Indian journal of veterinary science and animal husbandry - Volume 9,
Year: 1939
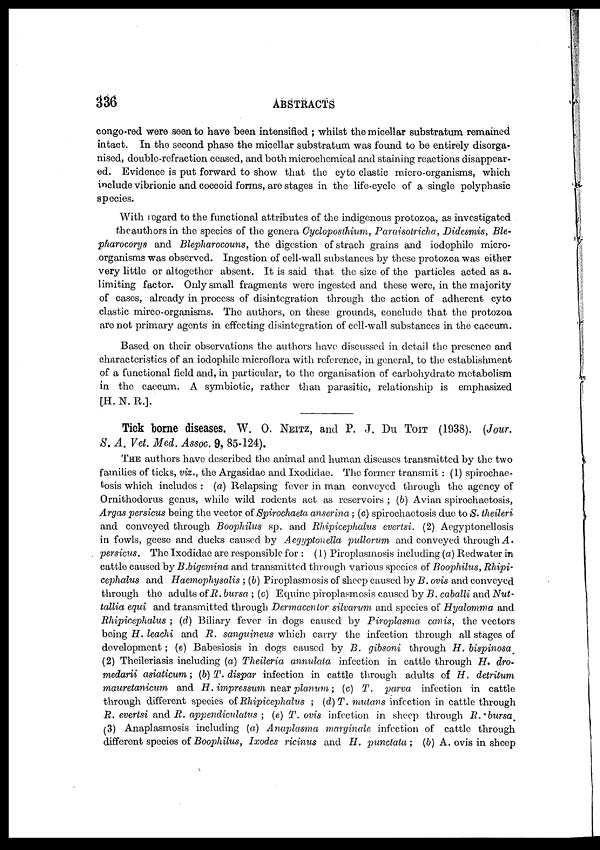
336
ABSTRACTS
congo-red were seen to have been intensified ; whilst the micellar substratum remained
intact. In the second phase the micellar substratum was found to be entirely disorga-
nised, double-refraction ceased, and both microchemical and staining reactions disappear-
ed. Evidence is put forward to show that the cyto clastic micro-organisms, which
include vibrionic and coccoid forms, are stages in the life-cycle of a single polyphasic
species.
With regard to the functional attributes of the indigenous protozoa, as investigated
the authors in the species of the genera Cycloposthium, Paraisoiricha, Didesmis, Ble¬
pharocorys and Blepharocouns, the digestion of strach grains and iodophile micro-
organisms was observed. Ingestion of cell-wall substances by these protozoa was either
very little or altogether absent. It is said that the size of the particles acted as a.
limiting factor. Only small fragments were ingested and these were, in the majority
of cases, already in process of disintegration through the action of adherent cyto
clastic mirco-organisms. The authors, on these grounds, conclude that the protozoa
are not primary agents in effecting disintegration of cell-wall substances in the caecum.
Based on their observations the authors have discussed in detail the presence and
characteristics of an iodophile microflora with reference, in general, to the establishment
of a functional field and, in particular, to the organisation of carbohydrate metabolism
in the caecum. A symbiotic, rather than parasitic, relationship is emphasized
[H. N. R.].
Tick borne diseases. W. O. NEITZ, and P. J. Du TOIT (1938). (Jour.
S. A. Vet. Med. Assoc. 9, 85-124).
THE authors have described the animal and human diseases transmitted by the two
families of ticks, viz., the Argasidae and Ixodidae. The former transmit: (1) spirochae-
tosis which includes : (a) Relapsing fever in man conveyed through the agency of
Ornithodorus genus, while wild rodents act as reservoirs ; (b) Avian spirochaetosis,
Argas persicus being the vector of Spirochaeta anserina; (c) spirochaetosis due to S. theileri
and conveyed through Boophilus sp. and Rhipicephalus evertsi. (2) Aegyptonellosis
in fowls, geese and ducks caused by Aegyptonella pullorum and conveyed through A .
persicus. The Ixodidae are responsible for : (1) Piroplasmosis including (a) Redwater in
cattle caused by B.bigemina and transmitted through various species of Boophilus, Rhipi-
cephalus and Haemophysalis ; (b) Piroplasmosis of sheep caused by B. ovis and conveyed
through the adults of R. bursa ; (c) Equine Piroplasmosis caused by B. caballi and Nut¬
tallia equi and transmitted through Dermacentor silvarum and species of Hyalomma and
Rhipicephalus ; (d) Biliary fever in dogs caused by Piroplasma canis, the vectors
being H. leachi and R. sanguineus which carry the infection through all stages of
development; (e) Babesiosis in dogs caused by B. gibsoni through H. bispinosa
(2) Theileriasis including (a) Theileria annulata infection in cattle through H. dro-
medarii asiaticum; (b) T. dispar infection in cattle through adults of H. detritum
mauretanicum and H. impressum near planum; (c) T. parva infection in cattle
through different species of Rhipicephalus ; (d)T. mutans infection in cattle through
R. evertsi and R. appendiculatus ; (e) T. ovis infection in sheep through R. bursa
(3) Anaplasmosis including (a) Anaplasma marginale infection of cattle through
different species of Boophilus, Ixodes ricinus and H. punctata;
(b) A. ovis in sheep